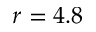
r = 4 . 8